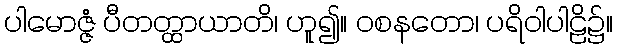
ပါမောဇ္ဇံ ပီတတ္ထာယာတိ၊ ဟူ၍။ ဝစနတော၊ ပရိဝါပါဠိ၌။